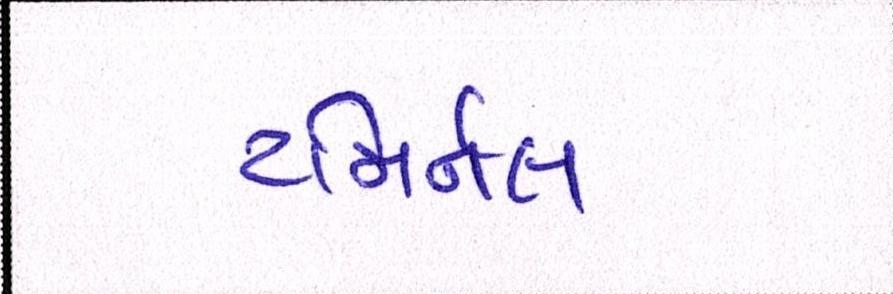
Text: ટમિર્નલ